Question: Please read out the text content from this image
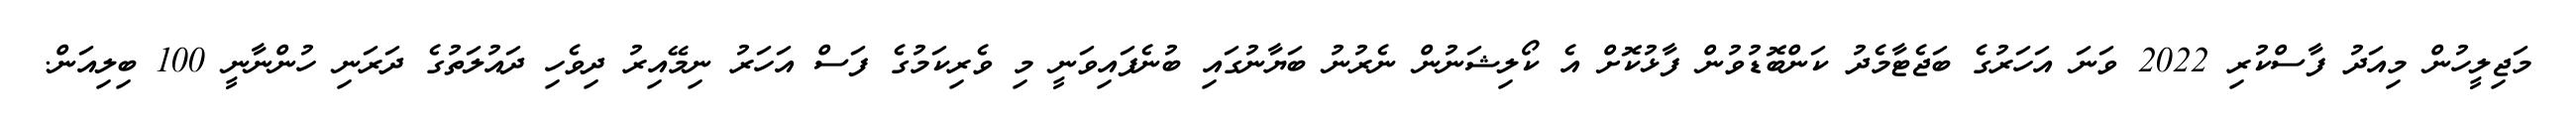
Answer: މަޖިލީހުން މިއަދު ފާސްކުރި 2022 ވަނަ އަހަރުގެ ބަޖެޓާމެދު ކަންބޮޑުވުން ފާޅުކޮށް އެ ކޯލިޝަނުން ނެރުނު ބަޔާނުގައި ބުނެފައިވަނީ މި ވެރިކަމުގެ ފަސް އަހަރު ނިމޭއިރު ދިވެހި ދައުލަތުގެ ދަރަނި ހުންނާނީ 100 ބިލިއަން.